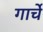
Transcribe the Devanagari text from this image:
गार्चे